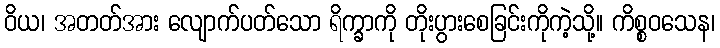
ဝိယ၊ အတတ်အား လျောက်ပတ်သော ရိက္ခာကို တိုးပွားစေခြင်းကိုကဲ့သို့။ ကိစ္စဝသေန၊